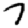
Digit: 7